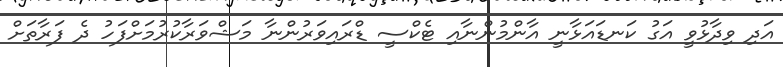
އަދި ވިދާޅުވީ އަގު ކަނޑައަޅާނީ އާންމުންނާއި ޓެކްސީ ޑްރައިވަރުންނާ މަޝްވަރާކުރުމަށްފަހު ދެ ފަރާތަށް